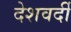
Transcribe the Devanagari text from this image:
देशवर्दी